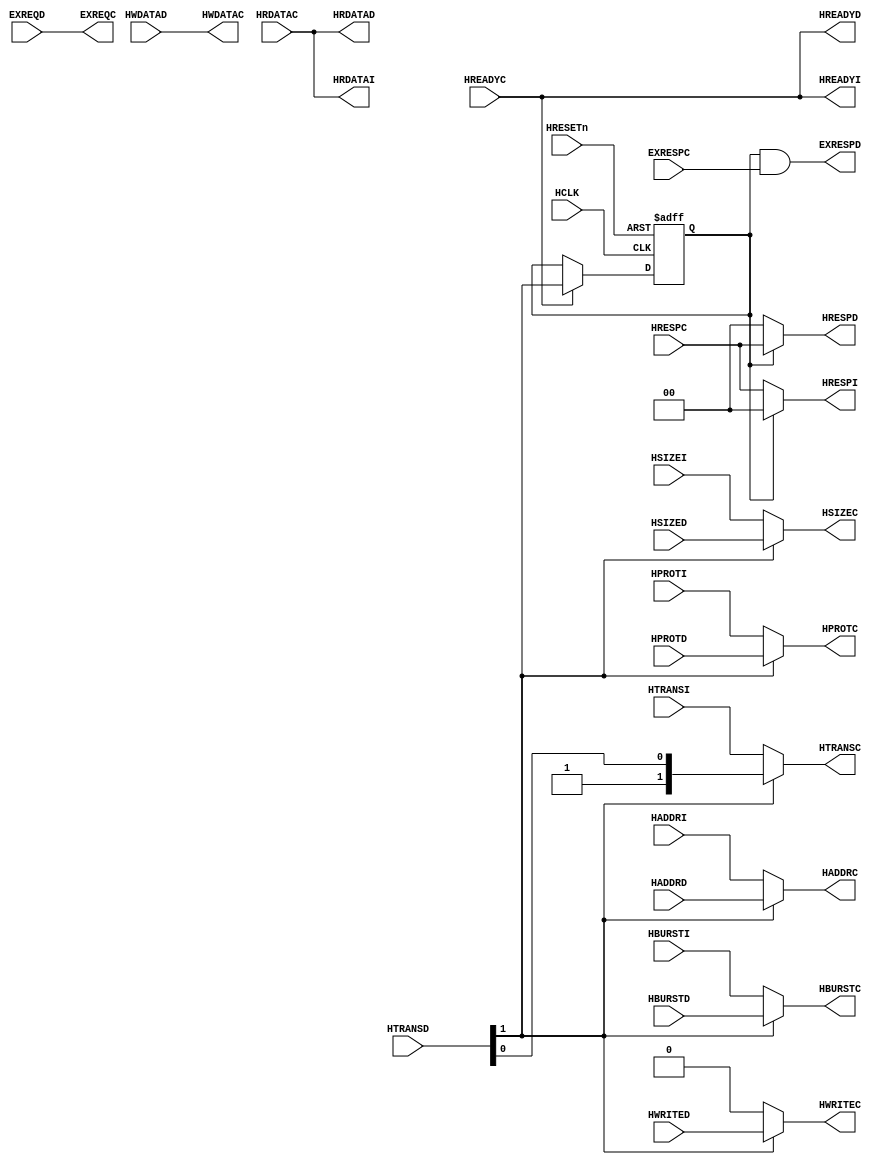
// -----------------------------------------------------------------------------
//  The confidential and proprietary information contained in this file may
//  only be used by a person authorised under and to the extent permitted
//  by a subsisting licensing agreement from ARM Limited.
//
//                (C) COPYRIGHT 2006-2010 ARM Limited
//                    ALL RIGHTS RESERVED
//
//  This entire notice must be reproduced on all copies of this file
//  and copies of this file may only be made by a person if such person is
//  permitted to do so under the terms of a subsisting license agreement
//  from ARM Limited.
//
//  Revision            : $Revision: 365823 $
//  Release information : CM3DesignStart-r0p0-02rel0
//
// -----------------------------------------------------------------------------
//  Purpose : Bus Multiplexer to combine the ICODE and DCODE buses
// -----------------------------------------------------------------------------

`define RESP_OKAY 2'b00

module cm3_code_mux (
  // Inputs
  HCLK, HRESETn,
  HADDRI, HTRANSI, HSIZEI, HBURSTI, HPROTI,
  HADDRD, HTRANSD, HSIZED, HBURSTD, HPROTD, HWDATAD, HWRITED, EXREQD,
  HRDATAC, HREADYC, HRESPC, EXRESPC,
  // Outputs
  HRDATAI, HREADYI, HRESPI, HRDATAD, HREADYD, HRESPD, EXRESPD,
  HADDRC, HWDATAC, HTRANSC, HWRITEC, HSIZEC, HBURSTC, HPROTC, EXREQC
  );

  // Common AHB signals
  input         HCLK;             // AHB system clock
  input         HRESETn;          // AHB system reset

  // CPU side inputs
  input [31:0]  HADDRI;           // ICode address
  input  [1:0]  HTRANSI;          // ICode transfer type
  input  [2:0]  HSIZEI;           // ICode transfer size
  input  [2:0]  HBURSTI;          // ICode burst type
  input  [3:0]  HPROTI;           // ICode protection control
  input [31:0]  HADDRD;           // DCode address
  input  [1:0]  HTRANSD;          // DCode transfer type
  input  [2:0]  HSIZED;           // DCode transfer size
  input  [2:0]  HBURSTD;          // DCode burst type
  input  [3:0]  HPROTD;           // DCode protection control
  input [31:0]  HWDATAD;          // DCode write data
  input         HWRITED;          // DCode write not read
  input         EXREQD;           // DCode exclusive request

  // Code side inputs
  input [31:0]  HRDATAC;          // Code bus read data
  input         HREADYC;          // Code bus transfer completed
  input  [1:0]  HRESPC;           // Code bus response status
  input         EXRESPC;          // Code bus exclusive response

  // CPU side outputs
  output [31:0] HRDATAI;          // ICode read data
  output        HREADYI;          // ICode transfer completed
  output  [1:0] HRESPI;           // ICode response status
  output [31:0] HRDATAD;          // DCode read data
  output        HREADYD;          // DCode transfer completed
  output  [1:0] HRESPD;           // DCode response status
  output        EXRESPD;          // DCode exclusive response

  // Code side outputs
  output [31:0] HADDRC;           // Code bus address
  output [31:0] HWDATAC;          // Code bus write data
  output  [1:0] HTRANSC;          // Code bus transfer type
  output        HWRITEC;          // Code bus write not read
  output  [2:0] HSIZEC;           // Code bus transfer size
  output  [2:0] HBURSTC;          // Code bus burst type
  output  [3:0] HPROTC;           // Code bus protection control
  output        EXREQC;           // Code bus exclusive request

//------------------------------------------------------------------------------
// Signal declarations
//------------------------------------------------------------------------------

  wire          d_trans_active;     // Active transaction on DCode bus
  reg           d_trans_active_reg; // Registered d_trans_active

//------------------------------------------------------------------------------
// Beginning of main code
//------------------------------------------------------------------------------

  assign d_trans_active = HTRANSD[1];

  // Address and control
  assign HADDRC  = d_trans_active ? HADDRD  : HADDRI;
  assign HTRANSC = d_trans_active ? HTRANSD : HTRANSI;
  assign HWRITEC = d_trans_active ? HWRITED : 1'b0;
  assign HSIZEC  = d_trans_active ? HSIZED  : HSIZEI;
  assign HBURSTC = d_trans_active ? HBURSTD : HBURSTI;
  assign HPROTC  = d_trans_active ? HPROTD  : HPROTI;

  // Read/write data
  assign HRDATAI = HRDATAC;
  assign HRDATAD = HRDATAC;
  assign HWDATAC = HWDATAD;

  // Ready response
  assign HREADYI = HREADYC;
  assign HREADYD = HREADYC;

  // Transfer response status
  assign HRESPI  = d_trans_active_reg ? `RESP_OKAY : HRESPC;
  assign HRESPD  = d_trans_active_reg ? HRESPC     : `RESP_OKAY;

  // Exclusive request/response
  assign EXREQC  = EXREQD;
  assign EXRESPD = d_trans_active_reg & EXRESPC;

  // Registered d_trans_active
  always @ (posedge HCLK or negedge HRESETn)
    begin
      if (!HRESETn)
        d_trans_active_reg <= 1'b0;
      else if (HREADYC)
        d_trans_active_reg <= d_trans_active;
    end

//------------------------------------------------------------------------------
// Assertions
//------------------------------------------------------------------------------


endmodule